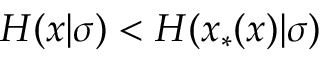
H ( x | \sigma ) < H ( x _ { * } ( x ) | \sigma )